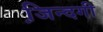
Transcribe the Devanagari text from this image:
जि़न्दगी